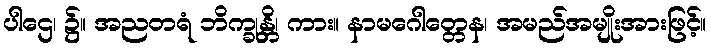
ပါဌေ၊ ၌။ အညတရံ ဘိက္ခုန္တိ၊ ကား။ နာမဂေါတ္တေန၊ အမည်အမျိုးအားဖြင့်။